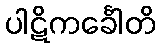
ပါဋိကင်္ခေါတိ